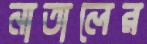
নাতালের